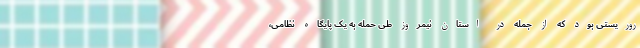
روریستی بود که از جمله در استان نیمروز طی حمله به یک پایگاه نظامی،